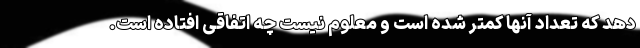
دهد که تعداد آنها کمتر شده است و معلوم نیست چه اتفاقی افتاده است.